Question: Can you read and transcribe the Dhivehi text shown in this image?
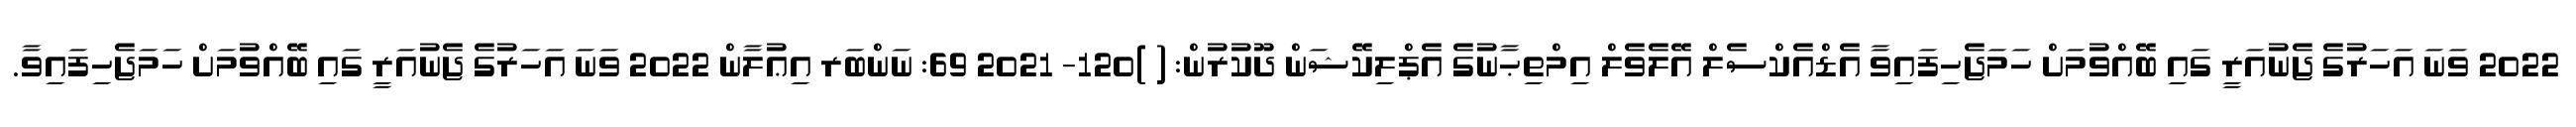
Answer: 2022 ވަނަ އަހަރުގެ ޖެނުއަރީ ގައި ބޭއްވުމަށް ހަމަޖެހިފައިވާ އެޑްއެކްސެލް އޭލެވެލް އިމްތިޙާނުގެ އެޕްލިކޭޝަން ދޫކުރުން: ( )120- 2021 69: ނަންބަރ އިޢުލާން 2022 ވަނަ އަހަރުގެ ޖެނުއަރީ ގައި ބޭއްވުމަށް ހަމަޖެހިފައިވާ.